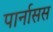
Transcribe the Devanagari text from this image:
पार्नासस